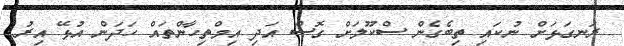
ރަނގަޅަށް ނުކައި ތިބެގެން ސްކޫލަށް ގޮސް އަދި އިމްތިހާންތައް ހަދަން އުޅޭ އިރު